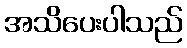
အသိပေးပါသည်